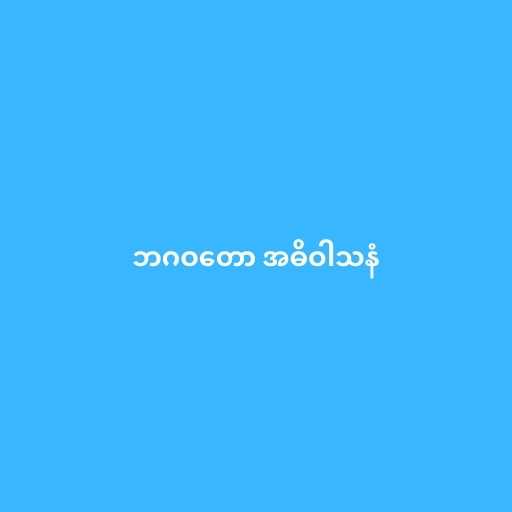
ဘဂဝတော အဓိဝါသနံ